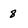
Character: 8